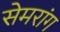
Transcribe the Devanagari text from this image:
सेमरांग